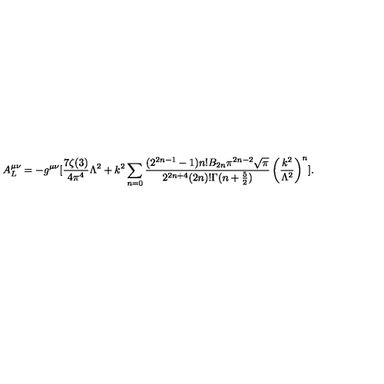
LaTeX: A _ { L } ^ { \mu \nu } = - g ^ { \mu \nu } [ { \frac { 7 \zeta ( 3 ) } { 4 \pi ^ { 4 } } } \Lambda ^ { 2 } + k ^ { 2 } \sum _ { n = 0 } { \frac { ( 2 ^ { 2 n - 1 } - 1 ) n ! B _ { 2 n } \pi ^ { 2 n - 2 } { \sqrt \pi } } { 2 ^ { 2 n + 4 } ( 2 n ) ! \Gamma ( n + \frac { 5 } { 2 } ) } } \left( { \frac { k ^ { 2 } } { \Lambda ^ { 2 } } } \right) ^ { n } ] .